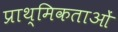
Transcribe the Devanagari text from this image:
प्राथ्मिकताओं